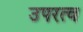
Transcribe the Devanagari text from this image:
उपरत्व